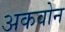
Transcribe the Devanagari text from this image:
अकवोन